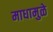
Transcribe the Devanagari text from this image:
माधामुळे